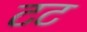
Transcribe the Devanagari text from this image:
टट